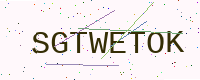
Text: SGTWETOK